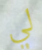
لي